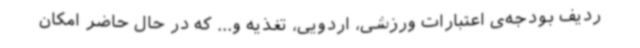
ردیف بودجه‌ی اعتبارات ورزشی، اردویی، تغذیه و... که در حال حاضر امکان